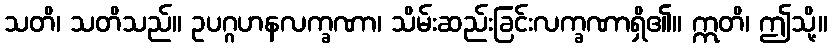
သတိ၊ သတိသည်။ ဥပဂ္ဂဟနလက္ခဏာ၊ သိမ်းဆည်းခြင်းလက္ခဏာရှိ၏။ ဣတိ၊ ဤသို့။